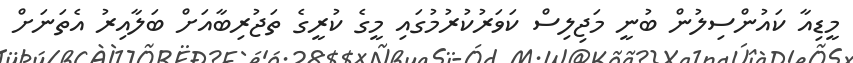
މީޑިއާ ކައުންސިލުން ބުނީ މަޖިލިސް ކަވަރުކުރުމުގައި މީގެ ކުރީގެ ތަޖުރިބާއަށް ބަލާއިރު އެތަނަށް